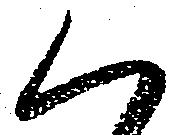
く